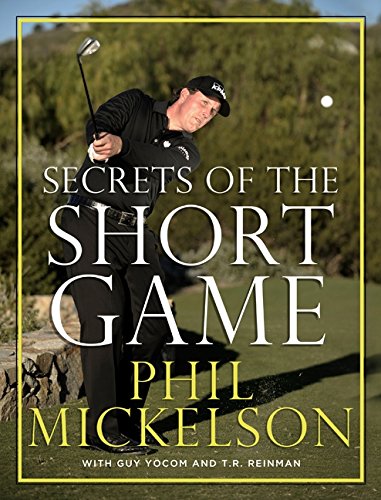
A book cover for Secrets of the Short Game; Phil Mickelson; Sports & Outdoors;